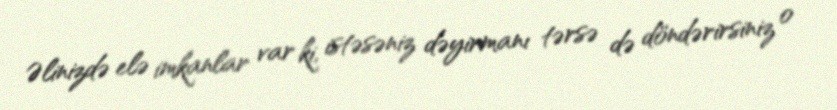
Əlinizdə elə imkanlar var ki, istəsəniz dəyirmanı tərsə də döndərirsiniz o